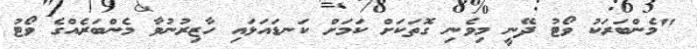
"މެންބަރަކު ވޯޓު ދޭނީ މިވެނި ގޮތަކަށް ކަމަށް ކަނޑައަޅައި ހާޒިރުނުވާ މެންބަރެއްގެ ވޯޓު